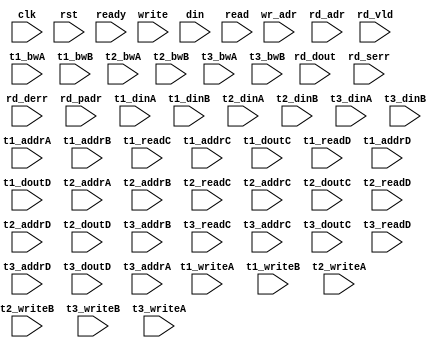
/*
 * Copyright (C) 2011 Memoir Systems Inc. These coded instructions, statements, and computer programs are
 * Confidential Proprietary Information of Memoir Systems Inc. and may not be disclosed to third parties
 * or copied in any form, in whole or in part, without the prior written consent of Memoir Systems Inc.
 * 
 * Generated File by Ipgen. Version: 3.3.UNKNOWN Date: Wed 2012.11.21 at 01:59:18 PM IST
 * */

module algo_4r4w_a98_sva_wrap
#(parameter IP_WIDTH = 32, parameter IP_BITWIDTH = 5, parameter IP_DECCBITS = 7, parameter IP_NUMADDR = 8192, parameter IP_BITADDR = 13, 
parameter IP_NUMVBNK = 4,	parameter IP_BITVBNK = 2, parameter IP_BITPBNK = 3,
parameter IP_ENAECC = 0, parameter IP_ENAPAR = 0, parameter IP_SECCBITS = 4, parameter IP_SECCDWIDTH = 3, 
parameter FLOPECC = 0, parameter FLOPIN = 0, parameter FLOPOUT = 0, parameter FLOPCMD = 0, parameter FLOPMEM = 0,
parameter IP_REFRESH = 1, parameter IP_REFFREQ = 6,  parameter IP_REFFRHF = 0,

parameter T1_WIDTH = 32, parameter T1_NUMVBNK = 32, parameter T1_BITVBNK = 5, parameter T1_DELAY = 1, parameter T1_NUMVROW = 512, parameter T1_BITVROW = 9,
parameter T1_BITWSPF = 0, parameter T1_NUMWRDS = 2, parameter T1_BITWRDS = 1, parameter T1_NUMSROW = 256, parameter T1_BITSROW = 8, parameter T1_PHYWDTH = 64,
parameter T2_WIDTH = 32, parameter T2_NUMVBNK = 4, parameter T2_BITVBNK = 2, parameter T2_DELAY = 1, parameter T2_NUMVROW = 512, parameter T2_BITVROW = 9,
parameter T2_BITWSPF = 0, parameter T2_NUMWRDS = 1, parameter T2_BITWRDS = 1, parameter T2_NUMSROW = 512, parameter T2_BITSROW = 9, parameter T2_PHYWDTH = 32,
parameter T3_WIDTH = 15, parameter T3_NUMVBNK = 4, parameter T3_BITVBNK = 2, parameter T3_DELAY = 1, parameter T3_NUMVROW = 512, parameter T3_BITVROW = 9,
parameter T3_BITWSPF = 0, parameter T3_NUMWRDS = 1, parameter T3_BITWRDS = 1, parameter T3_NUMSROW = 512, parameter T3_BITSROW = 9, parameter T3_PHYWDTH = 15)
( clk,  rst,  ready,
  write,   wr_adr,   din,
  read,   rd_adr,   rd_dout,   rd_vld,   rd_serr,   rd_derr,   rd_padr,
  t1_writeA,   t1_addrA,   t1_dinA,    t1_bwA,   t1_writeB,   t1_addrB,   t1_dinB,   t1_bwB,
  t1_readC,    t1_addrC,   t1_doutC,   t1_readD,   t1_addrD,   t1_doutD,
  t2_writeA,   t2_addrA,   t2_dinA,    t2_bwA,   t2_writeB,   t2_addrB,   t2_dinB,   t2_bwB,
  t2_readC,    t2_addrC,   t2_doutC,   t2_readD,   t2_addrD,   t2_doutD,
  t3_dinA,     t3_bwA,     t3_writeB,  t3_addrB,   t3_dinB,   t3_bwB,
  t3_readC,    t3_addrC,   t3_doutC,   t3_readD,   t3_addrD,   t3_doutD,   t3_writeA,   t3_addrA);
  
  parameter WIDTH = IP_WIDTH;
  parameter BITWDTH = IP_BITWIDTH;
  parameter NUMADDR = IP_NUMADDR;
  parameter BITADDR = IP_BITADDR;
  parameter NUMVROW = T1_NUMVROW;
  parameter BITVROW = T1_BITVROW;
  parameter NUMVBNK = IP_NUMVBNK;
  parameter BITVBNK = IP_BITVBNK;
  parameter BITPBNK = IP_BITPBNK;
  parameter NUMWRDS = T1_NUMWRDS;      // ALIGN Parameters
  parameter BITWRDS = T1_BITWRDS;
  parameter NUMSROW = T1_NUMSROW;
  parameter BITSROW = T1_BITSROW;
  parameter PHYWDTH = NUMWRDS*WIDTH;
  parameter ECCBITS = IP_SECCBITS;
  parameter SRAM_DELAY = T1_DELAY;
  
  parameter BITPADR = BITPBNK+BITSROW+BITWRDS+1;

  parameter SDOUT_WIDTH = 2*(BITVBNK+1)+ECCBITS;
  
  input [4-1:0]                        write;
  input [4*BITADDR-1:0]                wr_adr;
  input [4*WIDTH-1:0]                  din;

  input [4-1:0]                        read;
  input [4*BITADDR-1:0]                rd_adr;
  input [4-1:0]                       rd_vld;
  input [4*WIDTH-1:0]                 rd_dout;
  input [4-1:0]                       rd_serr;
  input [4-1:0]                       rd_derr;
  input [4*BITPADR-1:0]               rd_padr;

  input                               ready;
  input                                clk, rst;

  input [T1_NUMVBNK-1:0] t1_writeA;
  input [T1_NUMVBNK*BITSROW-1:0] t1_addrA;
  input [T1_NUMVBNK*PHYWDTH-1:0] t1_bwA;
  input [T1_NUMVBNK*PHYWDTH-1:0] t1_dinA;
  input [T1_NUMVBNK-1:0] t1_writeB;
  input [T1_NUMVBNK*BITSROW-1:0] t1_addrB;
  input [T1_NUMVBNK*PHYWDTH-1:0] t1_bwB;
  input [T1_NUMVBNK*PHYWDTH-1:0] t1_dinB;

  input [T1_NUMVBNK-1:0] t1_readC;
  input [T1_NUMVBNK*BITSROW-1:0] t1_addrC;
  input  [T1_NUMVBNK*PHYWDTH-1:0] t1_doutC;
  input [T1_NUMVBNK-1:0] t1_readD;
  input [T1_NUMVBNK*BITSROW-1:0] t1_addrD;
  input  [T1_NUMVBNK*PHYWDTH-1:0] t1_doutD;

  input [T2_NUMVBNK-1:0] t2_writeA;
  input [T2_NUMVBNK*BITVROW-1:0] t2_addrA;
  input [T2_NUMVBNK*WIDTH-1:0] t2_dinA;
  input [T2_NUMVBNK*WIDTH-1:0] t2_bwA;
  input [T2_NUMVBNK-1:0] t2_writeB;
  input [T2_NUMVBNK*BITVROW-1:0] t2_addrB;
  input [T2_NUMVBNK*WIDTH-1:0] t2_dinB;
  input [T2_NUMVBNK*WIDTH-1:0] t2_bwB;
  
  input [T2_NUMVBNK-1:0] t2_readC;
  input [T2_NUMVBNK*BITVROW-1:0] t2_addrC;
  input  [T2_NUMVBNK*WIDTH-1:0] t2_doutC;
  input [T2_NUMVBNK-1:0] t2_readD;
  input [T2_NUMVBNK*BITVROW-1:0] t2_addrD;
  input  [T2_NUMVBNK*WIDTH-1:0] t2_doutD;
  
  input [T3_NUMVBNK-1:0] t3_writeA;
  input [T3_NUMVBNK*BITVROW-1:0] t3_addrA;
  input [T3_NUMVBNK*SDOUT_WIDTH-1:0] t3_dinA;
  input [T3_NUMVBNK*SDOUT_WIDTH-1:0] t3_bwA;
  input [T3_NUMVBNK-1:0] t3_writeB;
  input [T3_NUMVBNK*BITVROW-1:0] t3_addrB;
  input [T3_NUMVBNK*SDOUT_WIDTH-1:0] t3_dinB;
  input [T3_NUMVBNK*SDOUT_WIDTH-1:0] t3_bwB;

  input [T3_NUMVBNK-1:0] t3_readC;
  input [T3_NUMVBNK*BITVROW-1:0] t3_addrC;
  input  [T3_NUMVBNK*SDOUT_WIDTH-1:0] t3_doutC;
  input [T3_NUMVBNK-1:0] t3_readD;
  input [T3_NUMVBNK*BITVROW-1:0] t3_addrD;
  input  [T3_NUMVBNK*SDOUT_WIDTH-1:0] t3_doutD;

endmodule